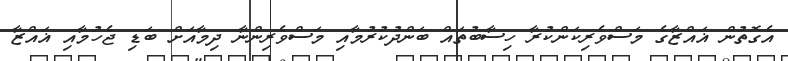
އެގޮތުން ޣައްޒާގެ މަސްވެރިކަންކުރާ ހިސާބުތައް ބަންދުކުރުމާއި މަސްވެރިންނާ ދިމާއަށް ބަޑި ޖެހުމާއި ޣައްޒާ